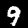
Digit: 9